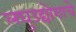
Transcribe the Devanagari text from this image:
लघुउद्योगाचे